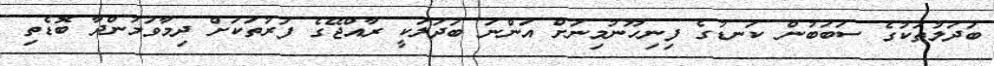
ބަދަލުތަކުގެ ސަބަބުން ކަނޑުގެ ފިނިހޫނުމިނަށް އަންނަ ބަދަލަކީ ރާއްޖޭގެ ފަރުތަކަށް ދިމާވަމުންދާ ބޮޑެތި